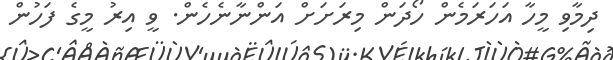
ދިމާވި މީހާ އަހަރަމެން ހޯދަން މިރަށަށް އަންނާނެހެން. ވީ އިރު މީގެ ފަހުން